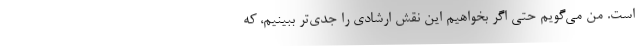
است. من می‌گویم حتی اگر بخواهیم این نقش ارشادی را جدی‌تر ببینیم، که